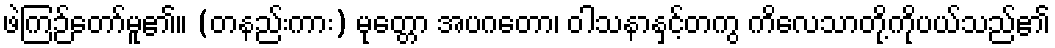
ဖဲကြဉ်တော်မူ၏။ (တနည်းကား) မုတ္တော အပဂတော၊ ဝါသနာနှင့်တကွ ကိလေသာတို့ကိုပယ်သည်၏